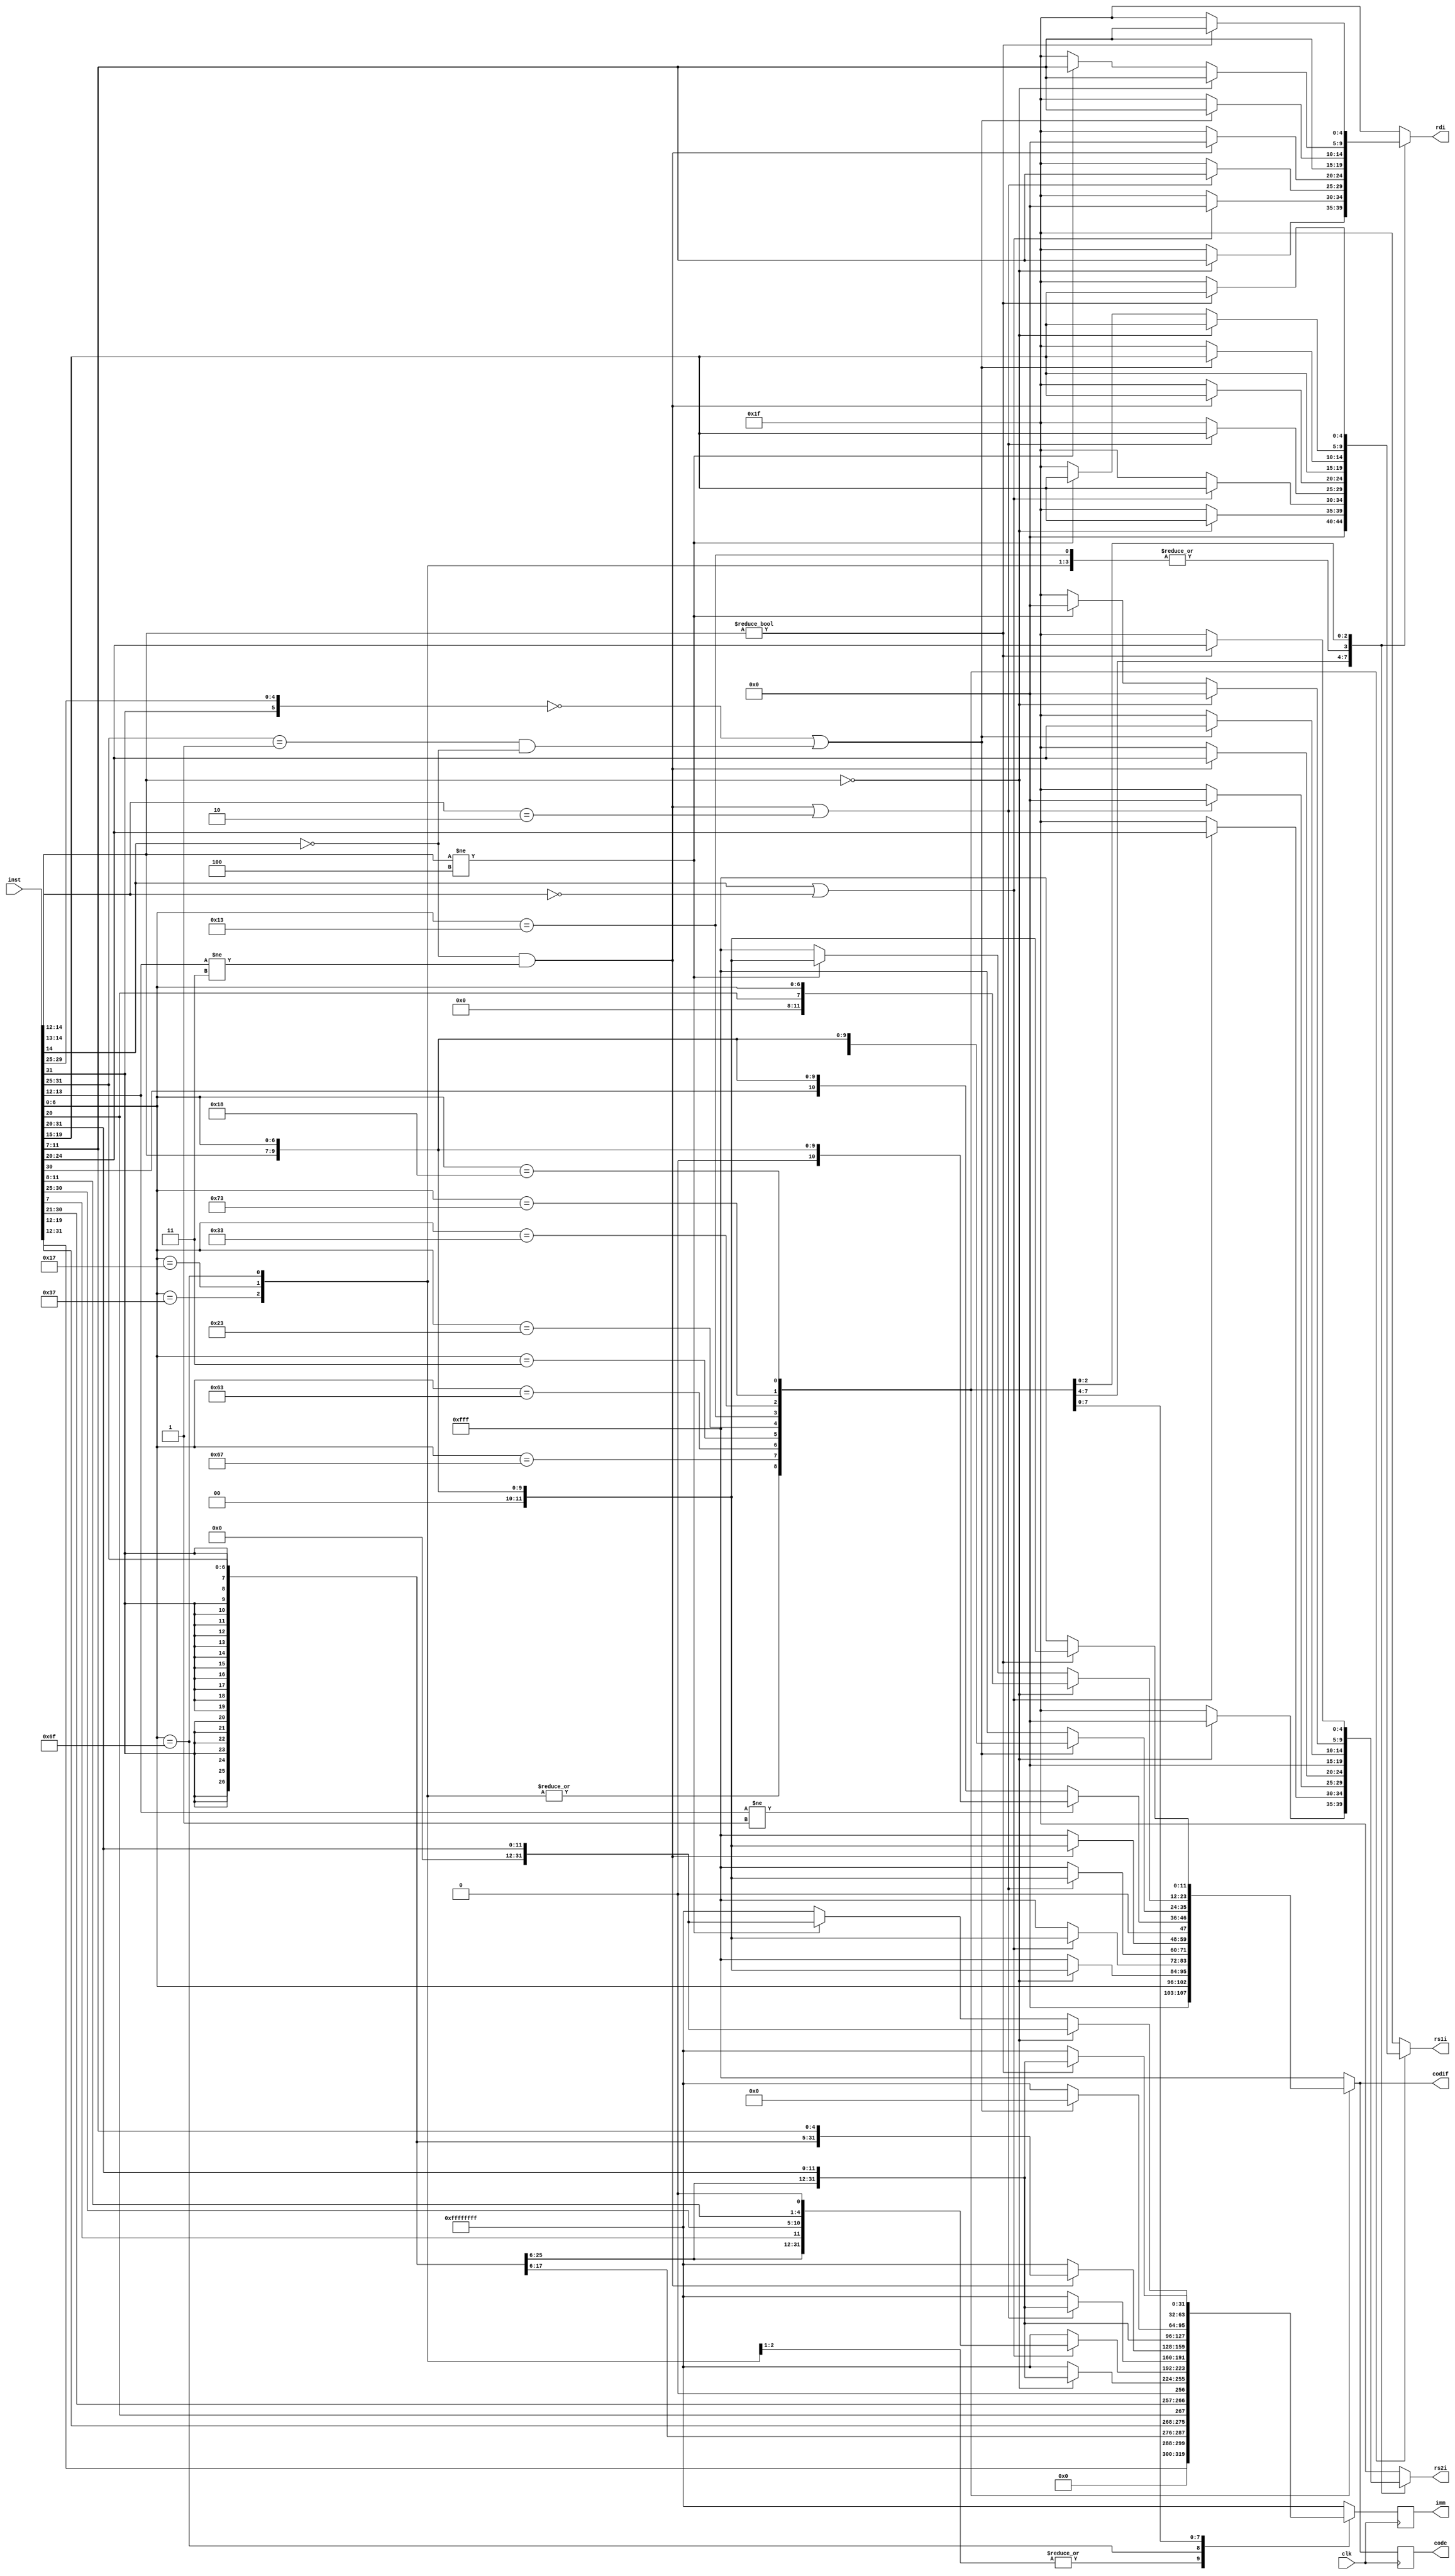
module DECO_INSTR(
    input clk,
    input [31:0] inst,
     //output state,
    output reg [4:0] rs1i,
    output reg [4:0] rs2i,
    output reg [4:0] rdi,
    output reg [31:0] imm,
    output reg  [11:0] code,
    output reg [11:0] codif
     );
     
    reg [31:0] immr;

    always @(posedge clk) begin
        imm <= immr;
        code <= codif;
    end

    always @* begin
        immr = {32{1'b1}};
        rdi = {5{1'b1}};
        rs1i ={5{1'b1}};
        rs2i = {5{1'b1}};
        codif = {12{1'b1}};   // ILLISN
        case (inst[6:0])
        7'b0010111,7'b0110111: begin                 // lui, auipc
            immr = {inst[31:12], {12{1'b0}}};
            rdi = inst[11:7];
            rs1i = {5{1'b0}};
            rs2i = {5{1'b0}};
            codif = {{5{1'b0}} , inst[6:0]};
        end
        7'b1101111: begin                             // jal
            immr = {{11{inst[31]}},inst[31],inst[19:12],inst[20],inst[30:21],1'b0};
            rdi = inst[11:7];
            rs1i = {5{1'b0}};
            rs2i = {5{1'b0}};
            codif = {{5{1'b0}} , inst[6:0]}; 
        end
        7'b1100111: begin                             // jalr
            if (inst[14:12] == 3'b000) begin 
                immr = {{20{inst[31]}},inst[31:20]}; 
                rs1i = inst[19:15];
                rdi = inst[11:7];
                rs2i = {5{1'b0}};
                codif = {{2{1'b0}} ,inst[14:12] , inst[6:0]};
            end
        end
        7'b1100011: begin                             // bXX
            if((inst[14] == 1'b1)||(inst[14:13] == 2'b00)) begin
                immr = {{19{inst[31]}},inst[31],inst[7],inst[30:25],inst[11:8],1'b0};
                rdi = {5{1'b0}};
                rs1i = inst[19:15];
                rs2i = inst[24:20];
                codif = {{2{1'b0}} ,inst[14:12] , inst[6:0]};
            end
        end  
        7'b0000011: begin                             // lX
            if(((inst[14] == 1'b0)&&(inst[13:12] != 2'b11))||(inst[14:13] == 2'b10)) begin // lX
                immr = {{20{inst[31]}},inst[31:20]}; 
                rs1i = inst[19:15];
                rdi = inst[11:7];
                rs2i = {5{1'b0}};
                codif = {{2{1'b0}} ,inst[14:12] , inst[6:0]};
            end
        end
        7'b0100011: begin                             // sX
            if((inst[14] == 1'b0)&&(inst[13:12] != 2'b11)) begin    // sX
                immr = {{20{inst[31]}},inst[31:25],inst[11:7]} ;
                rs1i = inst[19:15];
                rs2i = inst[24:20];
                rdi = {5{1'b0}};
                codif = {{2{1'b0}} ,inst[14:12] , inst[6:0]};
            end
        end
        7'b0010011: begin // arith & logic immr
            if (inst[13:12] != 2'b01)begin // arith immr
                rdi = inst[11:7];
                rs1i = inst[19:15];
                rs2i = {5{1'b0}};
                immr = {{20{inst[31]}},inst[31:20]}; 
                codif = {2'b00 ,inst[14:12] , inst[6:0]};
            end else /*if (inst[13:12] == 2'b01)*/ begin // sXXi
                rdi = inst[11:7];
                rs1i = inst[19:15];
                rs2i = {5{1'b0}};
                immr = {{20{inst[31]}},inst[31:20]}; 
                codif = {1'b0, inst[30] ,inst[14:12] , inst[6:0]};  // Diferentiation between SRLI and SRAI is implicit on codif
            end
        end
        7'b0110011: begin // arith and logic
            if(({inst[31], inst[29:25]} == 6'b000000) || //add,sllst,sltu,xor,srl,or,and,sub,sra (inst[30] can be 1 or 0)
               ((inst[31:25] == 7'b0000001)&&(inst[14] == 1'b0)) // mul[h[u|su]] (do not support divs)
               ) begin 
                rs2i = inst[24:20];
                rs1i = inst[19:15];
                rdi  = inst[11:7];
                immr = {32{1'b0}};
                codif = {inst[30],inst[25] ,inst[14:12] , inst[6:0]};
            end
        end
        7'b1110011: begin // ECALL, EBREAK
            if(inst[14:12] == 3'b000) begin
                // Quite the same as arith immr
                rdi = inst[11:7];
                rs1i = inst[19:15];        // WARN: This can be also zimm for CSRRX calls
                rs2i = {5{1'b0}};
                immr = {{20{1'b0}},inst[31:20]}; 
                codif = {2'b0000 ,inst[20] , inst[6:0]};
            end else if(inst[14:12] != 3'b100) begin // CSRRX
                // Quite the same as arith immr
                rdi = inst[11:7];
                rs1i = inst[19:15];        // WARN: This can be also zimm for CSRRX calls
                rs2i = {5{1'b0}};
                immr = {{20{1'b0}},inst[31:20]}; 

                codif = {2'b00 ,inst[14:12] , inst[6:0]};
            end
        end
        7'b0011000: begin // IRQ
            if (inst[14:12] != 3'b000) begin                    // IRQXX (NOT SBREAK)
                immr = {{20{inst[31]}},inst[31:20]};
                rdi = {inst[11:7]};
                rs1i = {inst[19:15]};
                rs2i = {inst[24:20]};
                codif = {{2{1'b0}} ,inst[14:12] , inst[6:0]};
            end
        end
        endcase
    end

endmodule